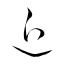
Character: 近